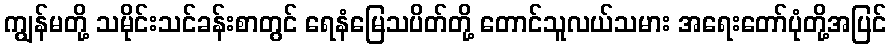
ကျွန်မတို့ သမိုင်းသင်ခန်းစာတွင် ရေနံမြေသပိတ်တို့ တောင်သူလယ်သမား အရေးတော်ပုံတို့အပြင်